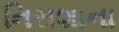
નિરાશાના